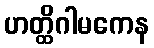
ဟတ္ထိဂါမကေန